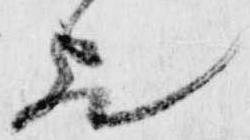
歟